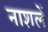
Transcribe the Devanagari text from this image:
नाशलें